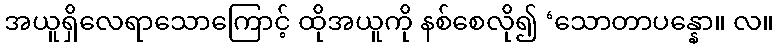
အယူရှိလေရာသောကြောင့် ထိုအယူကို နစ်စေလို၍ ‘သောတာပန္နော။ လ။